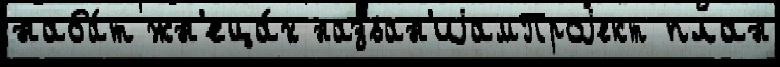
наба́т жн'еца́х назван'иjамПроjект план